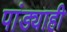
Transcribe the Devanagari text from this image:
पांड्याही